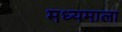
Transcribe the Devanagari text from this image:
मध्यमाला